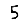
Digit: 5